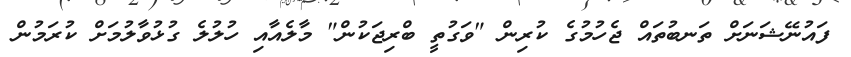
ފައުނޭޝަނަށް ތަނބުތައް ޖެހުމުގެ ކުރިން "ވަގުތީ ބްރިޖަކުން" މާލެއާއި ހުލުލެ ގުޅުވާލުމަށް ކުރަމުން